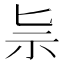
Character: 𥘈